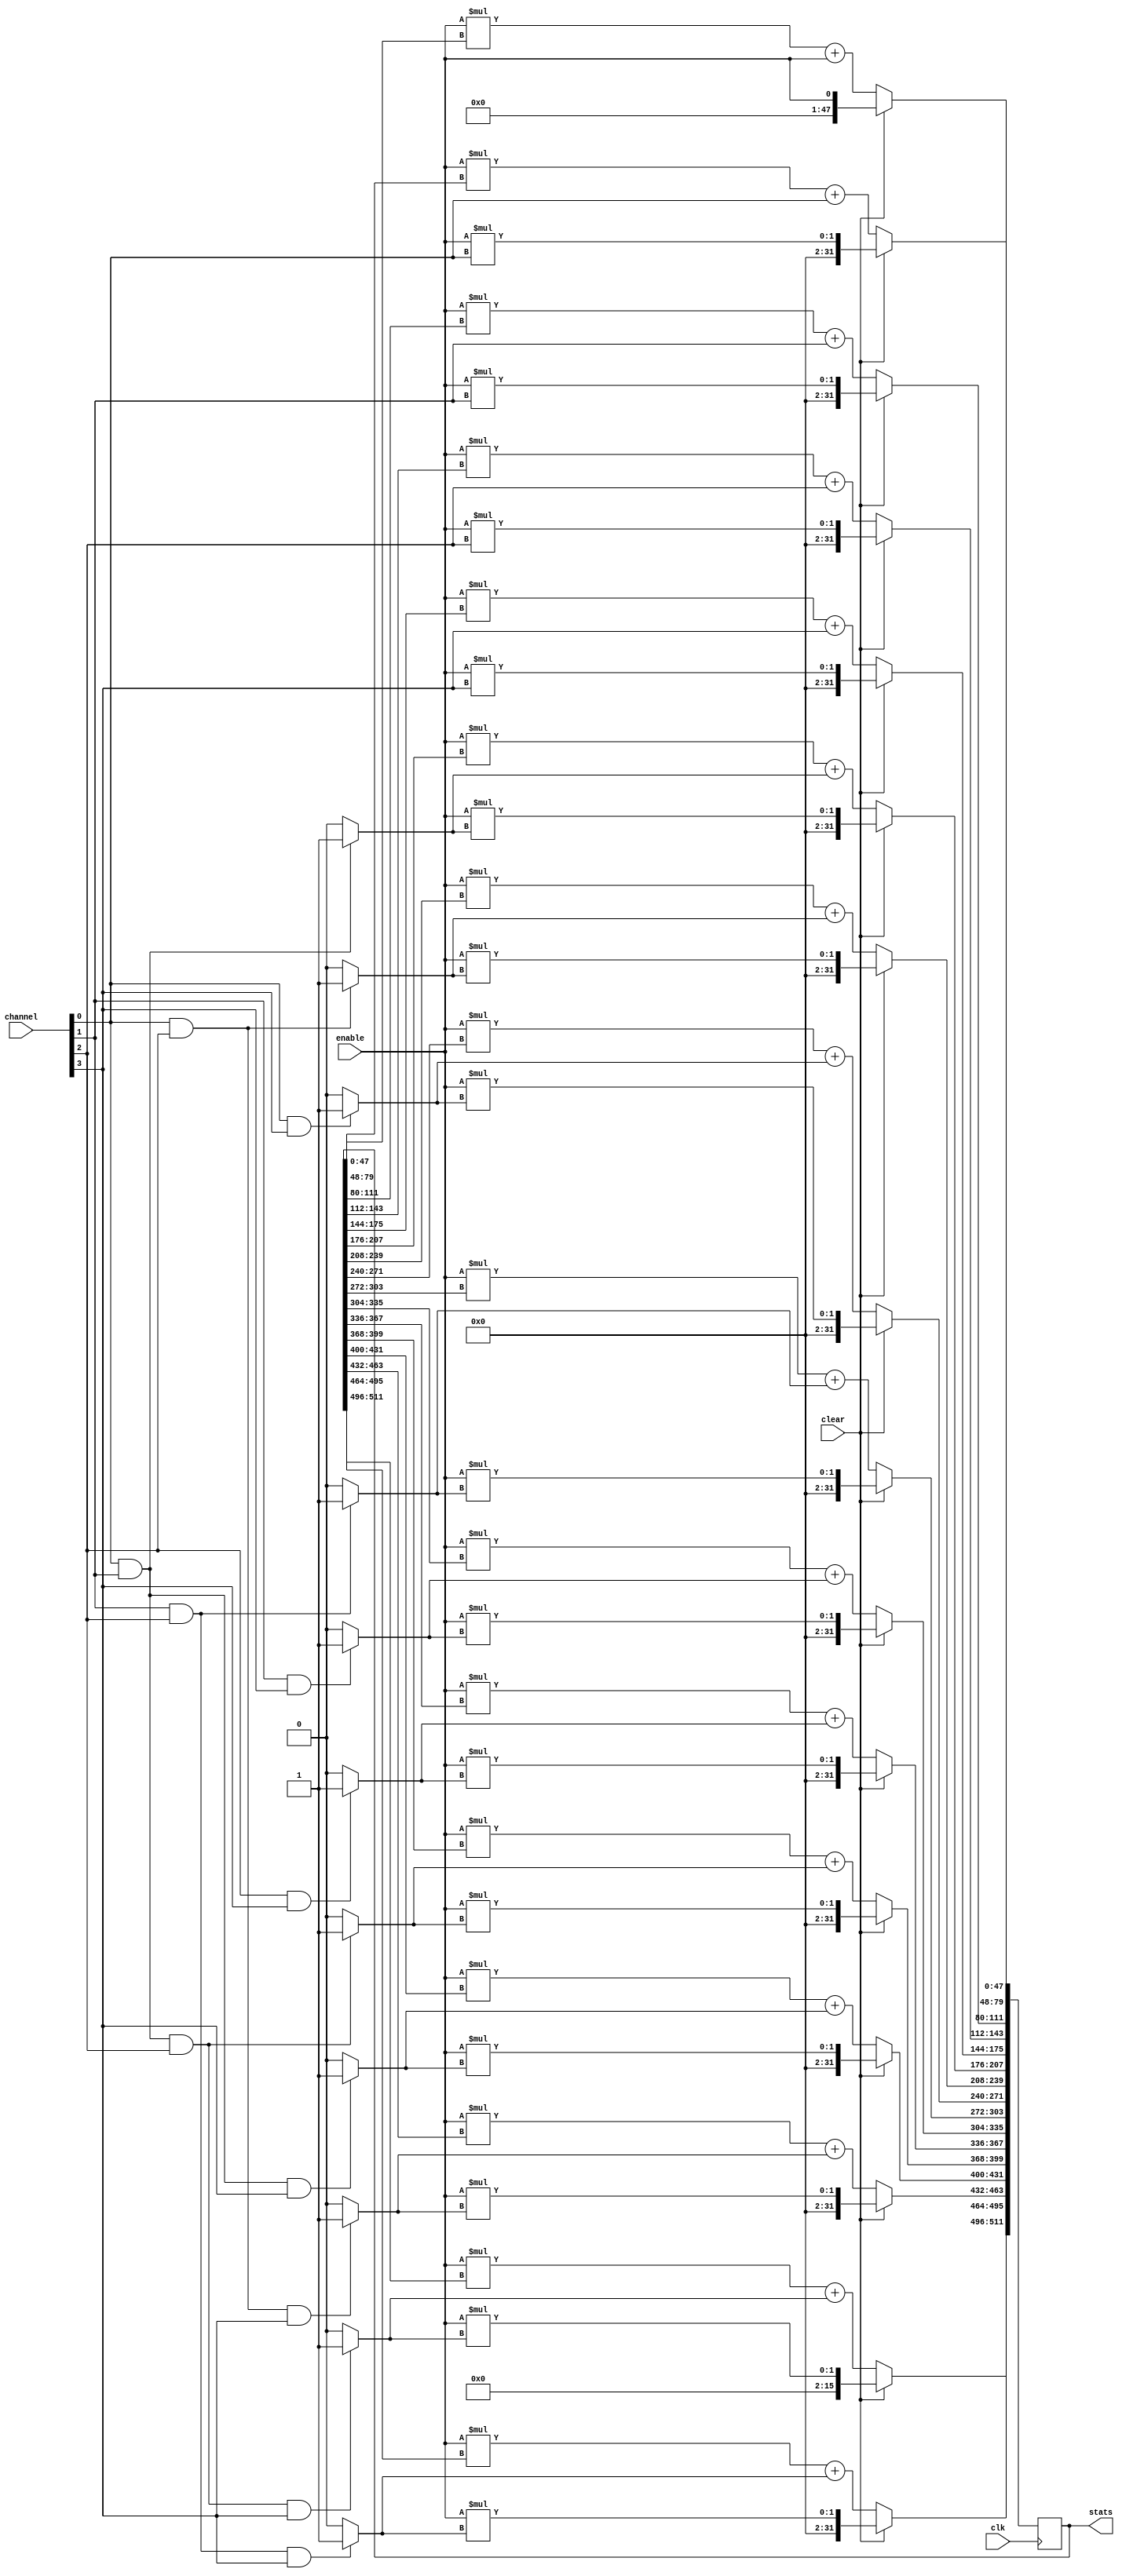
module coiencedence (
	channel, clk, clear, enable,
	stats
);

input [3:0] channel;
input clear;
input clk;
input enable;

output [511:0] stats;
reg    [511:0] stats;

//initial
//begin
//	stats <= 512'b0;
//end

always @ (posedge clk)
	begin
		if (clear)
		  begin
			stats[47:0] = enable;
			stats[79:48] = enable*channel[0];
			stats[111:80] = enable*channel[1];
			stats[143:112] = enable*channel[2];
			stats[175:144] = enable*channel[3];
			
			stats[207:176] = enable*(channel[0]&channel[1]?1'b1:1'b0);
			stats[239:208] = enable*(channel[0]&channel[2]?1'b1:1'b0);
			stats[271:240] = enable*(channel[0]&channel[3]?1'b1:1'b0);
			stats[303:272] = enable*(channel[1]&channel[2]?1'b1:1'b0);
			stats[335:304] = enable*(channel[1]&channel[3]?1'b1:1'b0);
			stats[367:336] = enable*(channel[2]&channel[3]?1'b1:1'b0);
			stats[399:368] = enable*(channel[0]&channel[1]&channel[2]?1'b1:1'b0);
			stats[431:400] = enable*(channel[0]&channel[1]&channel[3]?1'b1:1'b0);
			stats[463:432] = enable*(channel[0]&channel[2]&channel[3]?1'b1:1'b0);
			stats[495:464] = enable*(channel[1]&channel[2]&channel[3]?1'b1:1'b0);
			stats[511:496] = enable*(channel[0]&channel[1]&channel[2]&channel[3]?1'b1:1'b0);
		  end
		else
		  begin
			stats[47:0] = enable*stats[47:0]+enable;
			stats[79:48] = enable*stats[79:48]+channel[0];
			stats[111:80] = enable*stats[111:80]+channel[1];
			stats[143:112] = enable*stats[143:112]+channel[2];
			stats[175:144] = enable*stats[175:144]+channel[3];
			
			stats[207:176] = enable*stats[207:176]+(channel[0]&channel[1]?1'b1:1'b0);
			stats[239:208] = enable*stats[239:208]+(channel[0]&channel[2]?1'b1:1'b0);
			stats[271:240] = enable*stats[271:240]+(channel[0]&channel[3]?1'b1:1'b0);
			stats[303:272] = enable*stats[303:272]+(channel[1]&channel[2]?1'b1:1'b0);
			stats[335:304] = enable*stats[335:304]+(channel[1]&channel[3]?1'b1:1'b0);
			stats[367:336] = enable*stats[367:336]+(channel[2]&channel[3]?1'b1:1'b0);
			stats[399:368] = enable*stats[399:368]+(channel[0]&channel[1]&channel[2]?1'b1:1'b0);
			stats[431:400] = enable*stats[431:400]+(channel[0]&channel[1]&channel[3]?1'b1:1'b0);
			stats[463:432] = enable*stats[463:432]+(channel[0]&channel[2]&channel[3]?1'b1:1'b0);
			stats[495:464] = enable*stats[495:464]+(channel[1]&channel[2]&channel[3]?1'b1:1'b0);
			stats[511:496] = enable*stats[511:496]+(channel[0]&channel[1]&channel[2]&channel[3]?1'b1:1'b0);
		  end
	end
endmodule